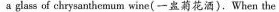
a glass of chrysanthemum wine(一盏菊花酒). When the